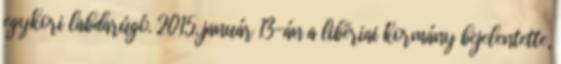
egykori labdarúgó. 2015. január 13-án a libériai kormány bejelentette,